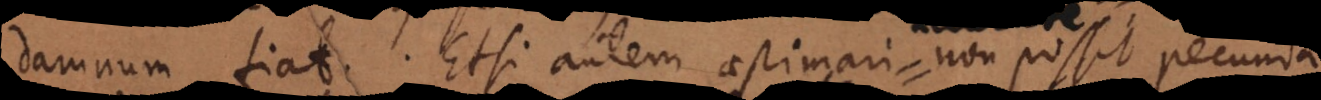
damnum fiat. Etsi autem aestimari non possit pecuni